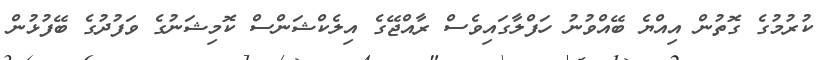
ކުރުމުގެ ގޮތުން އިއްޔެ ބޭއްވުނު ހަފްލާގައިވެސް ރާއްޖޭގެ އިލެކްޝަންސް ކޮމިޝަނުގެ ވަފުދުގެ ބޭފުޅުން